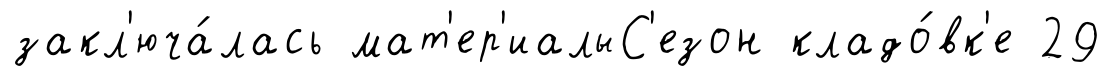
закл'юча́лась мат'ер'иалыС'езон кладо́вк'е 29